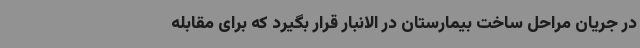
در جریان مراحل ساخت بیمارستان در الانبار قرار بگیرد که برای مقابله